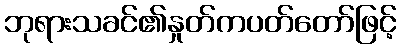
ဘုရားသခင်၏နှုတ်ကပတ်တော်ဖြင့်